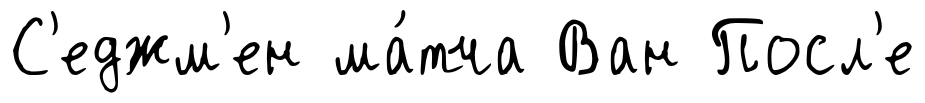
С'еджм'ен ма́тча Ван Посл'е